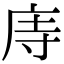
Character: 庤